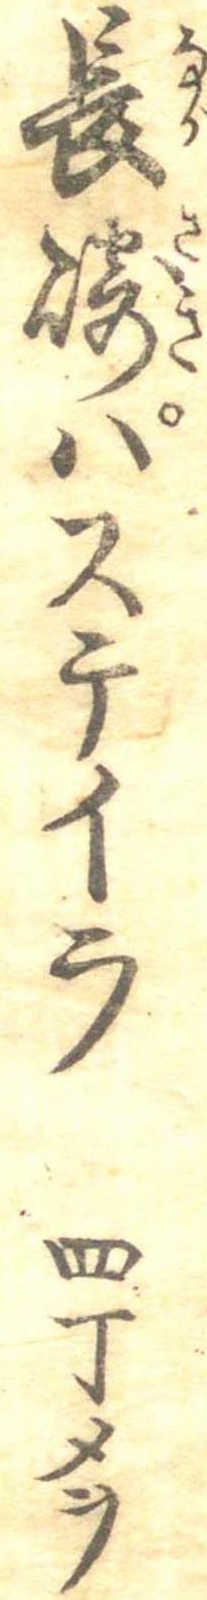
長崎パステイラ四丁メヲ